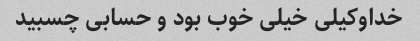
خداوکیلی خیلی خوب بود و حسابی چسبید